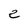
Character: e